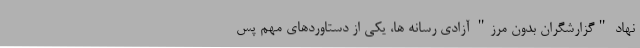
نهاد "گزارشگران بدون مرز" آزادی رسانه ها، یکی از دستاوردهای مهم پس